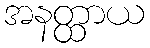
အနတ္ထာယ